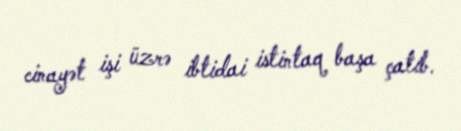
cinayət işi üzrə ibtidai istintaq başa çatıb.